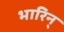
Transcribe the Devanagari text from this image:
भारिन्‌